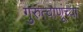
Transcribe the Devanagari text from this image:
गुरुत्वाणूंच्या